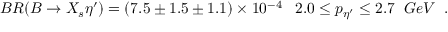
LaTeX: B R ( B \to X _ { s } \eta ^ { \prime } ) = ( 7 . 5 \pm 1 . 5 \pm 1 . 1 ) \times 1 0 ^ { - 4 } \; \; \; 2 . 0 \le p _ { \eta ^ { \prime } } \le 2 . 7 \; \; G e V \; \; .